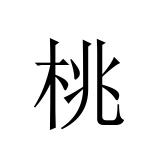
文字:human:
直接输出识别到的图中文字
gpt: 桃